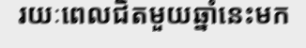
រយៈពេលជិតមួយឆ្នាំនេះមក